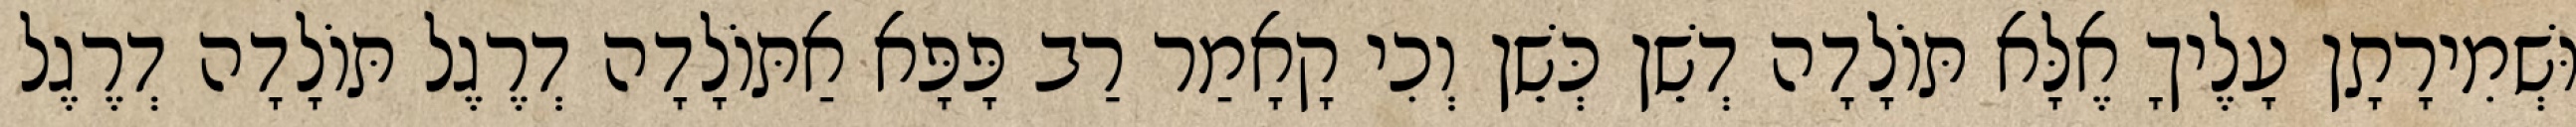
וּשְׁמִירָתָן עָלֶיךָ אֶלָּא תּוֹלָדָה דְשֵׁן כְּשֵׁן וְכִי קָאָמַר רַב פָּפָּא אַתּוֹלָדָה דְרֶגֶל תּוֹלָדָה דְרֶגֶל